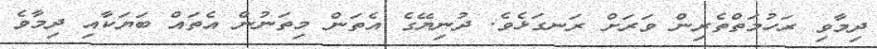
ދިމާވި ރަހުމަތްތެރިންް ވަރަށް ރަނގަޅެވެ. ދުނިޔޭގެ އެތަން މިތަނުން އެތައް ބަޔަކާއި ދިމާވެ